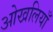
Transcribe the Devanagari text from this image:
ओखलियाँ